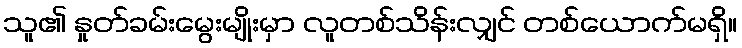
သူ၏ နှုတ်ခမ်းမွေးမျိုးမှာ လူတစ်သိန်းလျှင် တစ်ယောက်မရှိ။